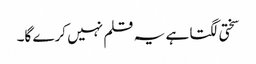
سختی لگتا ہے یہ قلم نہیں کرے گا۔